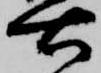
右